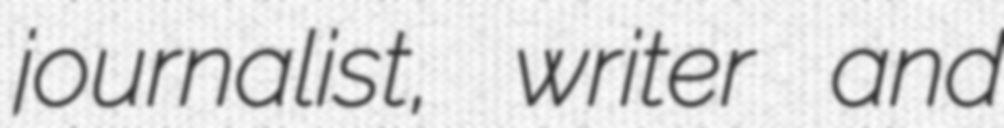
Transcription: journalist, writer and